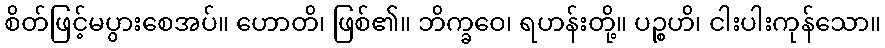
စိတ်ဖြင့်မပွားစေအပ်။ ဟောတိ၊ ဖြစ်၏။ ဘိက္ခဝေ၊ ရဟန်းတို့။ ပဉ္စဟိ၊ ငါးပါးကုန်သော။